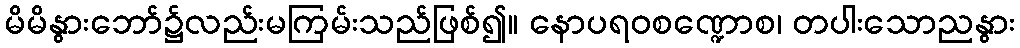
မိမိနွားဘော်၌လည်းမကြမ်းသည်ဖြစ်၍။ နောပရဝစဏ္ဍောစ၊ တပါးသောညနွား